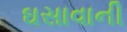
ઘસાવાની